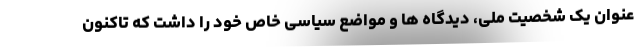
عنوان یک شخصیت ملی، دیدگاه ها و مواضع سیاسی خاص خود را داشت که تاکنون